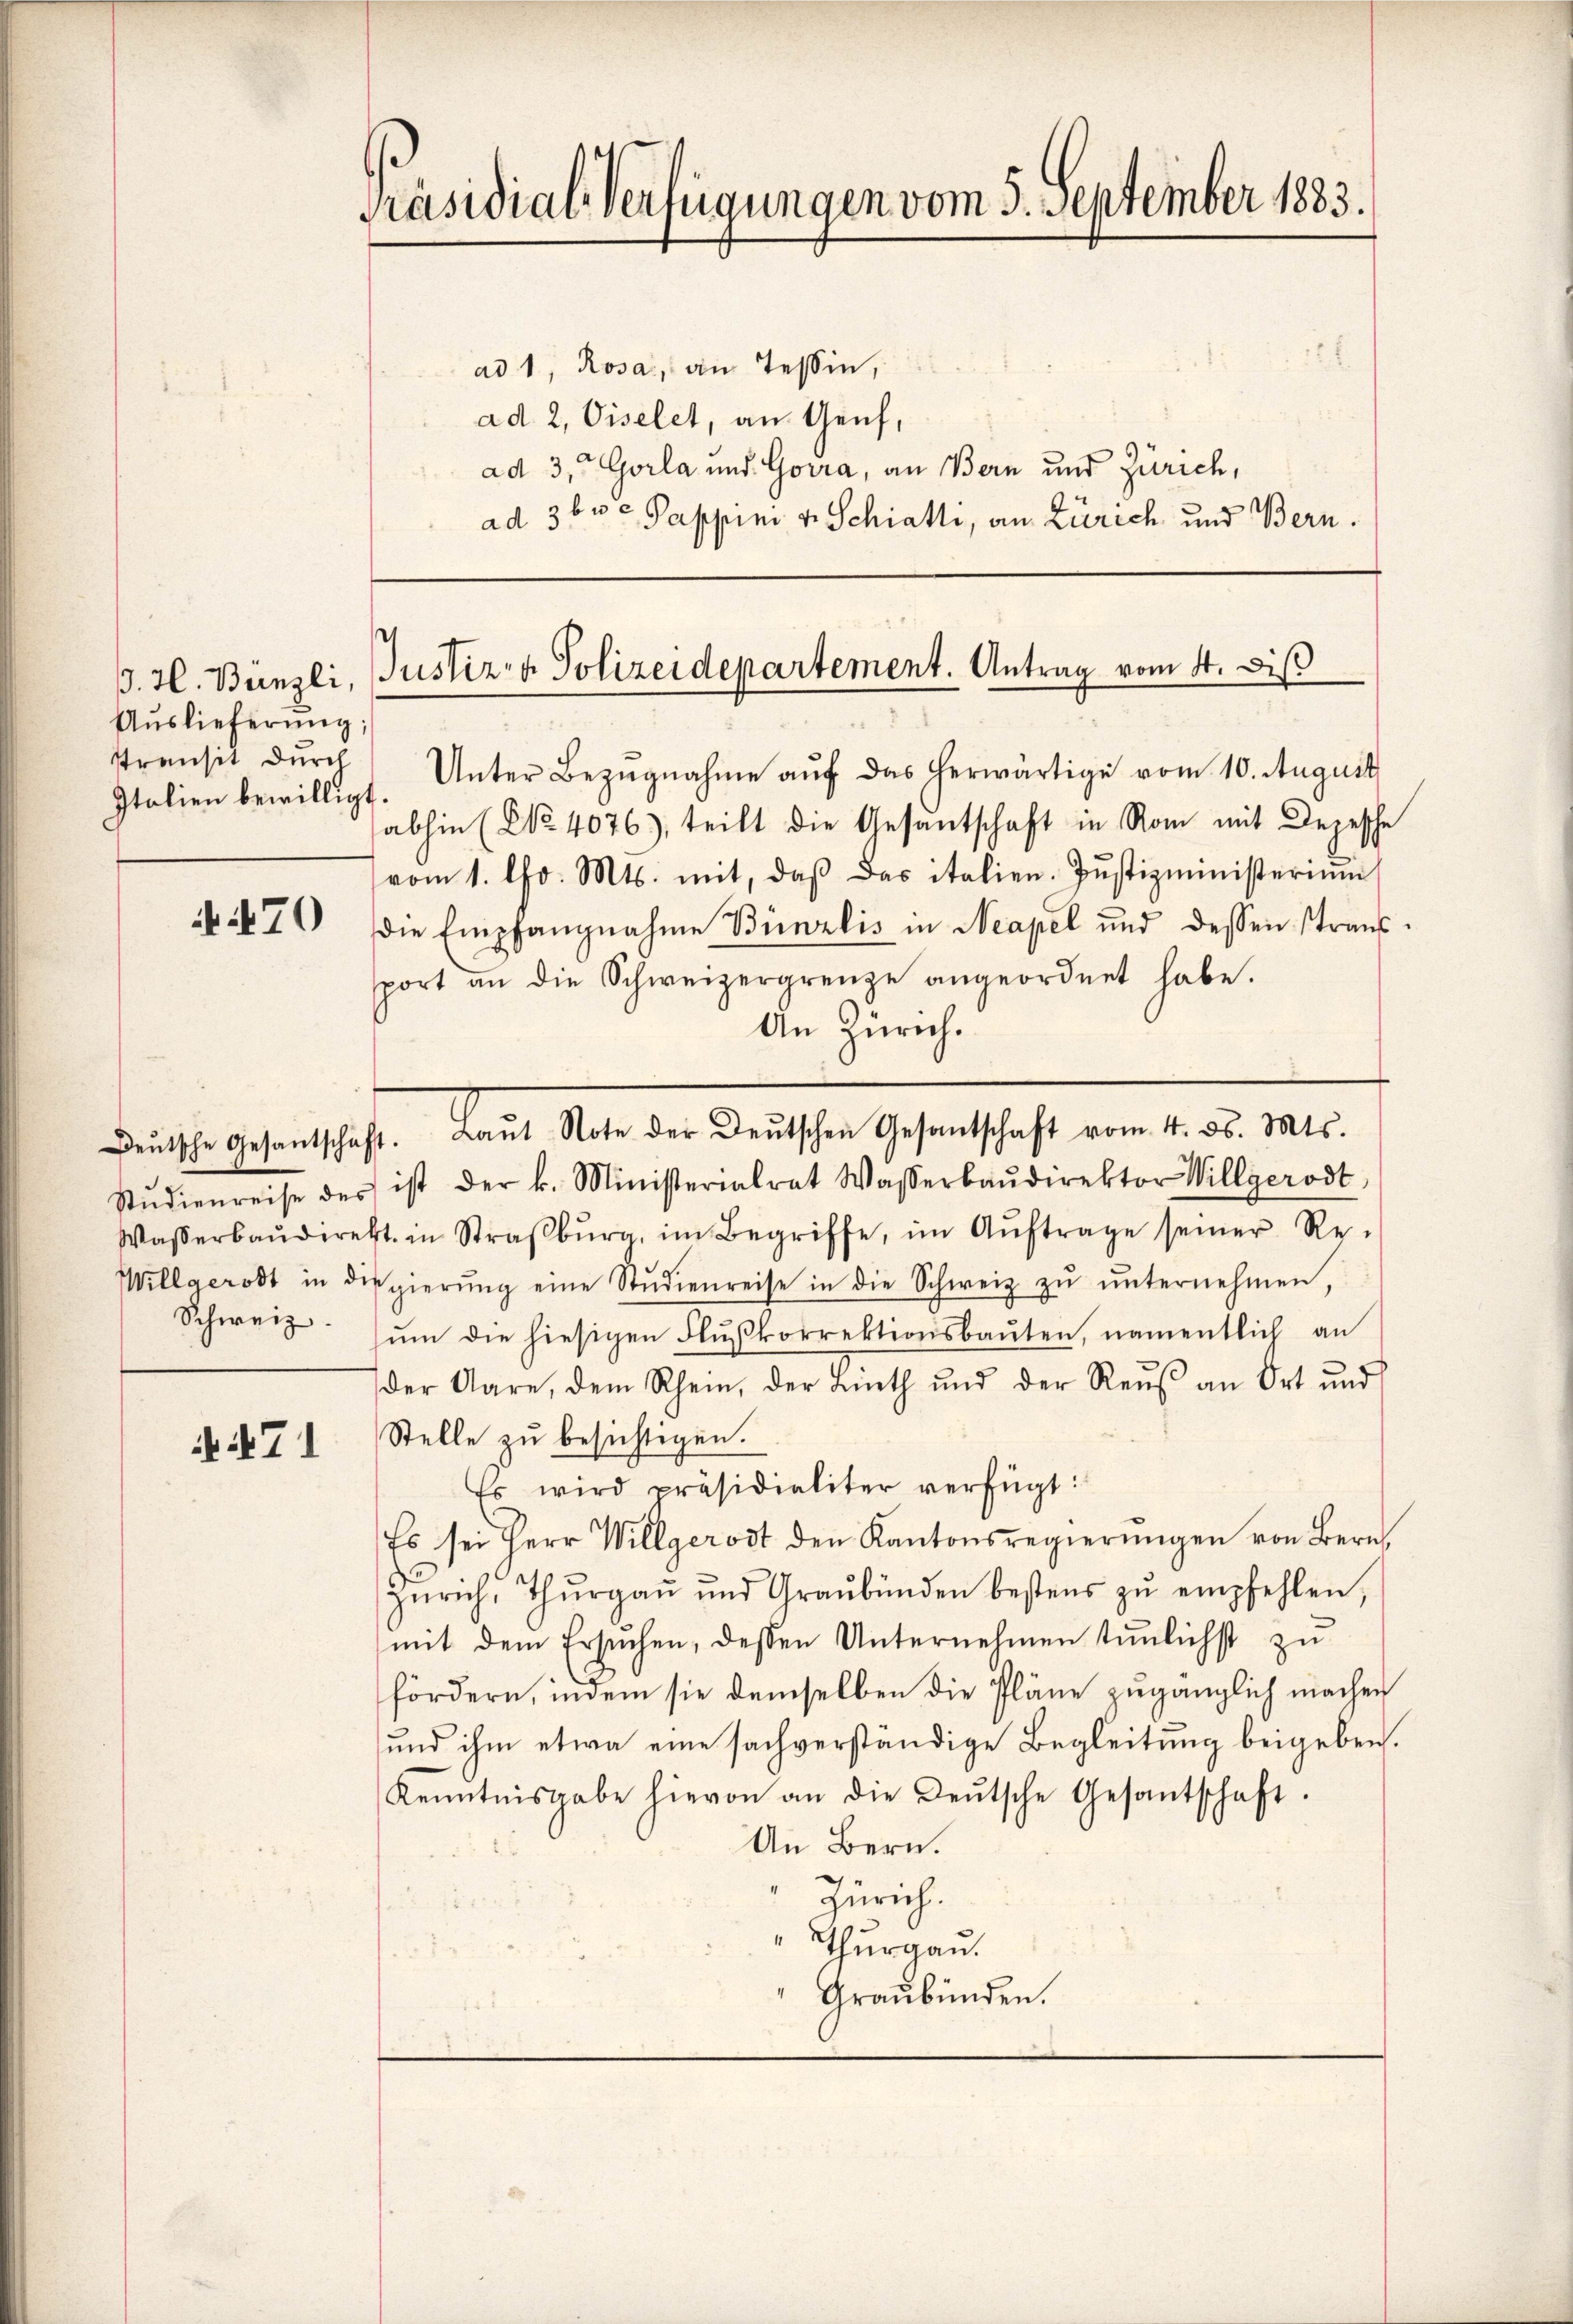
Auslieferung;
Italien bewilligt.

A 470

Schweiz.

N71

Präsidial-Verfügungen vom 5. September 1883.

ad 1, Rosa, an Tessin,
ad 2, Viselet, an Genf,
ad 3, Gorla und Gorra, an Bern und Zürich,
ad 36ve Pappini v. Schiatti, an Zürich und Bern.

B. H. Bünzli, Justiz & Polizeidepartement. Antrag vom 4. Di

ttransit dŭrch Unter Bezŭgnahme aŭf das herwärtige vom 10. August
abhin (No 4076), teilt die Gesantschaft in Rom mit Depesche
vom 1. Chr. Mts. mit, daβ das italien. Jŭstizministeriŭm
die Empfangnahme Bünzlis in Neapel und dessen stransport an die Schweizergrenze angeordnet habe.
An Zürich.
Stŭdienreise des ist der k. Ministerialrat Wasserbaŭdirektor Willgerodt,
Wasserbaŭdirekt in Straβbŭrg, im Begriffe, im Aŭftrage seiner Re-
Willgerodt in die gierŭng eine Stŭdienreise in die Schweiz zŭ ŭnternehmen,
ŭm die hiesigen Flußkorrektionsbaŭten, namentlich an
der Aare, dem Rhein, der Linth und der Reŭβ an Ort und
Stelle zu besichtigen.
Es wird präsidialiter verfügt:
Es sei Herr Willgerodt den Kantonsregierŭngen von Bern,
Zürich, Thŭrgaŭ und Graubünden bestens zŭ empfehlen,
mit dem Ersŭchen, dessen Unternehmen tŭnlichst zu
fördern, indem sie demselben die Pläne zugänglich machen
und ihm etwa eine sachverständige Begleitung beigeben.
Kenntnisgabe hievon an die Leŭtsche Gesantschaft.
An Bern.
Zürich.
Thurgau.
Graubünden.

deŭtsche Gesantschaft. Laŭt Note der Deutschen Gesantschaft vom 4. ds. Mts.